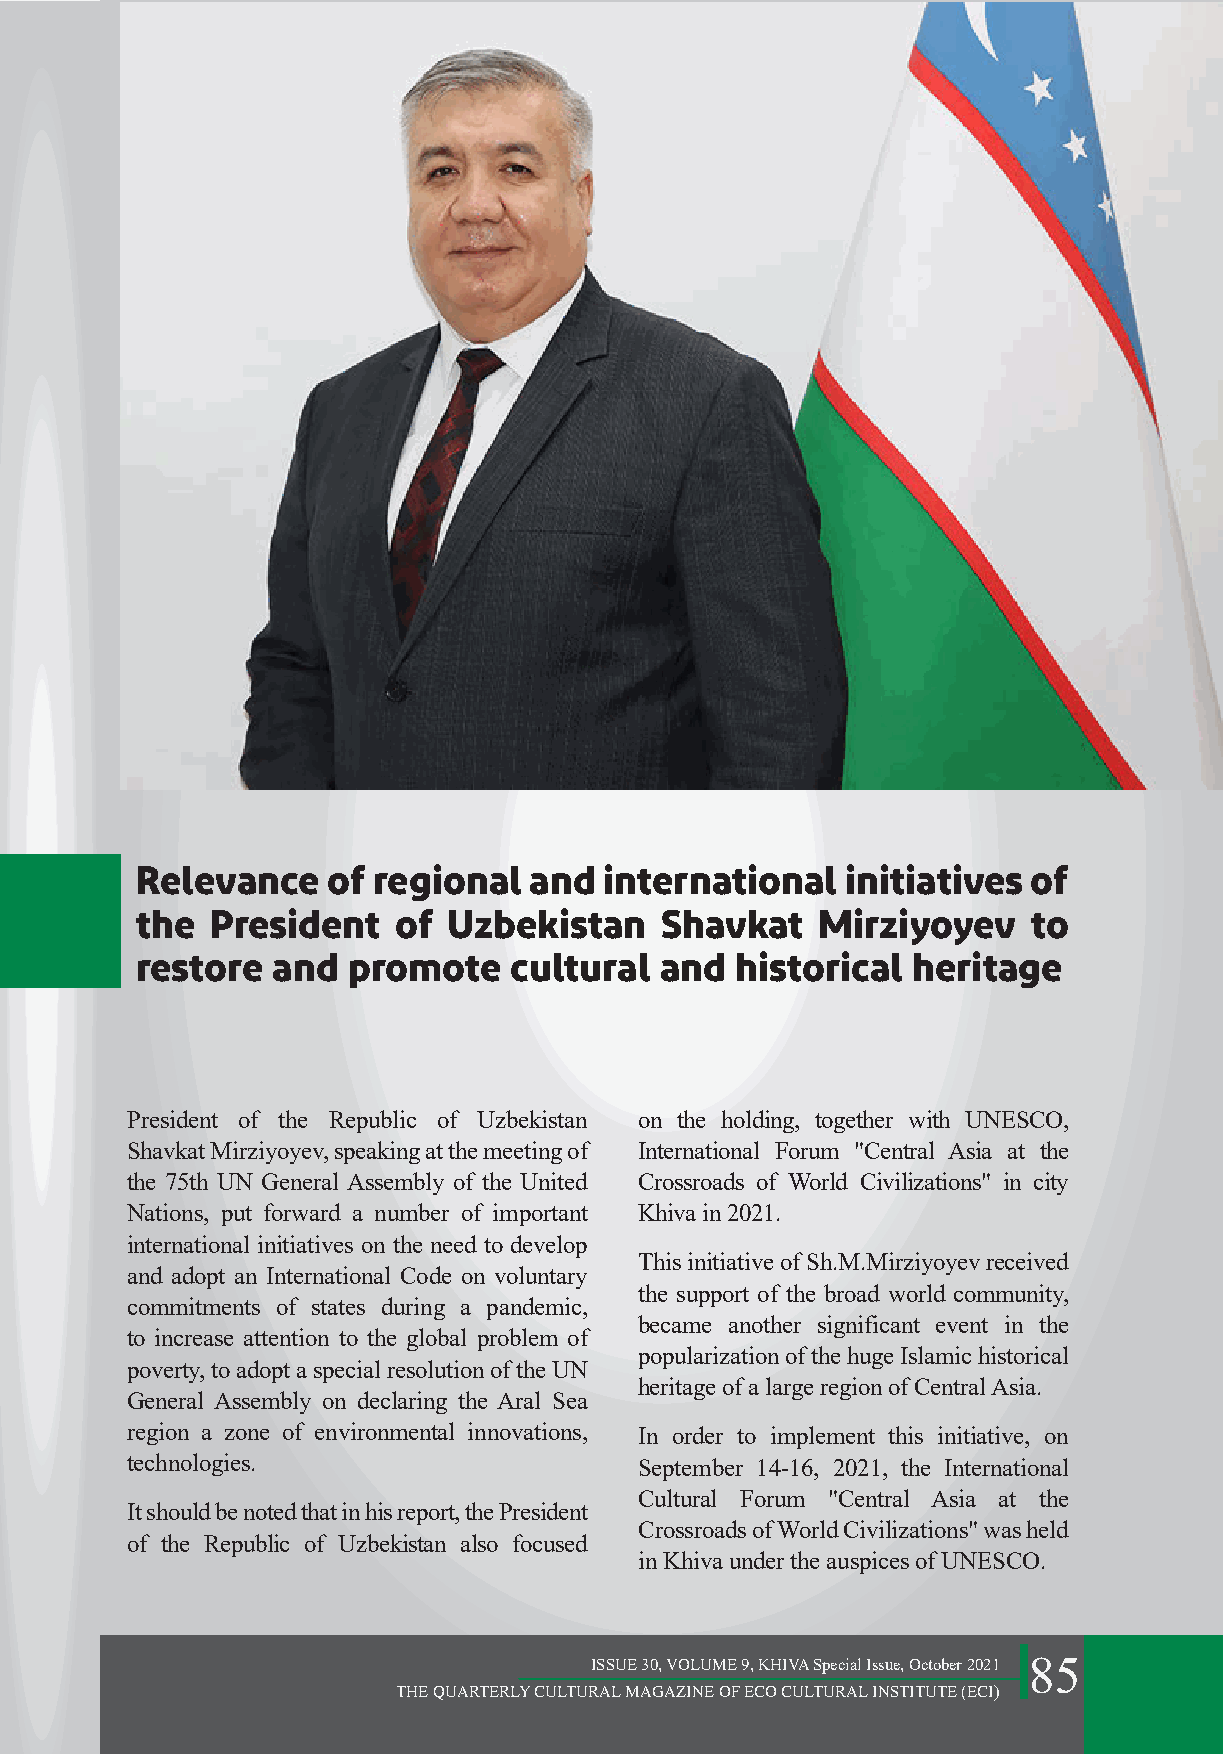
Relevance    of regional  and  international   initiatives of
 the  President   of  Uzbekistan    Shavkat   Mirziyoyev    to
 restore  and  promote    cultural  and  historical  heritage
 President of the Republic of Uzbekistan on the holding, together with UNESCO,
 Shavkat Mirziyoyev, speaking at the meeting of International Forum "Central Asia at the
 the 75th UN General Assembly of the United Crossroads of World Civilizations" in city
 Nations, put forward a number of important Khiva in 2021.
 international initiatives on the need to develop
 This initiative of Sh.M.Mirziyoyev received
 and adopt an International Code on voluntary
 the support of the broad world community,
 commitments of states during a pandemic,
 became another significant event in the
 to increase attention to the global problem of
 popularization of the huge Islamic historical
 poverty, to adopt a special resolution of the UN
 heritage of a large region of Central Asia.
 General Assembly on declaring the Aral Sea
 region a zone of environmental innovations, In order to implement this initiative, on
 technologies.                    September 14-16, 2021, the International
 Cultural Forum "Central Asia at the
 It should be noted that in his report, the President
 Crossroads of World Civilizations" was held
 of the Republic of Uzbekistan also focused
 in Khiva under the auspices of UNESCO.
 ISSUE 30, VOLUME 9, KHIVA Special Issue, October 2021 85
 THE QUARTERLY CULTURAL MAGAZINE OF ECO CULTURAL INSTITUTE (ECI)